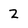
Character: 2